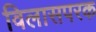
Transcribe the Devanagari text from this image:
विलासपरक